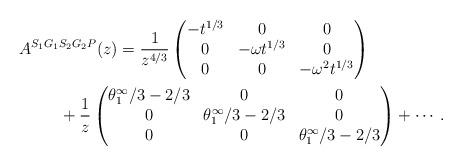
LaTeX: \begin{gather*}A^{S_1G_1S_2G_2P}(z)=\frac{1}{z^{4/3}}\begin{pmatrix} -t^{1/3} & 0 & 0 \\ 0 & -\omega t^{1/3} & 0 \\ 0 & 0 & -\omega^2 t^{1/3} \end{pmatrix}\\\hphantom{A^{S_1G_1S_2G_2P}(z)=}{} +\frac{1}{z} \begin{pmatrix} \theta^\infty_1/3-2/3 & 0 & 0 \\ 0 & \theta^\infty_1/3-2/3 & 0 \\ 0 & 0 & \theta^\infty_1/3-2/3 \end{pmatrix}+\cdots.\end{gather*}